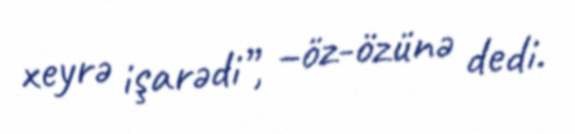
xeyrə işarədi”, –öz-özünə dedi.